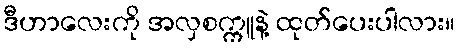
ဒီဟာလေးကို အလှစက္ကူနဲ့ ထုတ်ပေးပါလား။